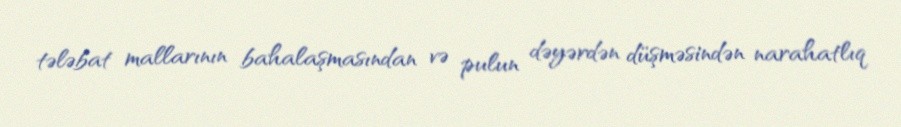
tələbat mallarının bahalaşmasından və pulun dəyərdən düşməsindən narahatlıq